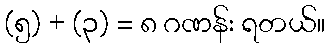
(၅) + (၃) = ၈ ဂဏန်း ရတယ်။